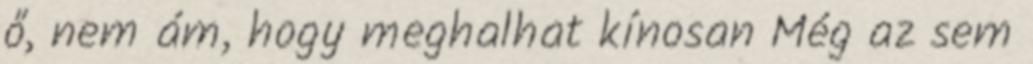
ő, nem ám, hogy meghalhat kínosan Még az sem